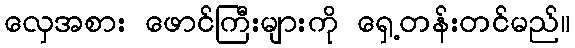
လှေအစား ဖောင်ကြီးများကို ရှေ့တန်းတင်မည်။